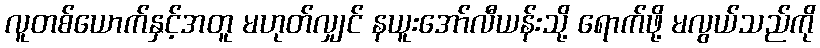
လူတစ်ယောက်နှင့်အတူ မဟုတ်လျှင် နယူးအော်လီယန်းသို့ ရောက်ဖို့ မလွယ်သည်ကို